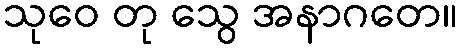
သုဝေ တု သွေ အနာဂတေ။